Vaccination in Bombay 1874-1876 - 1874-1876
Year: 1874
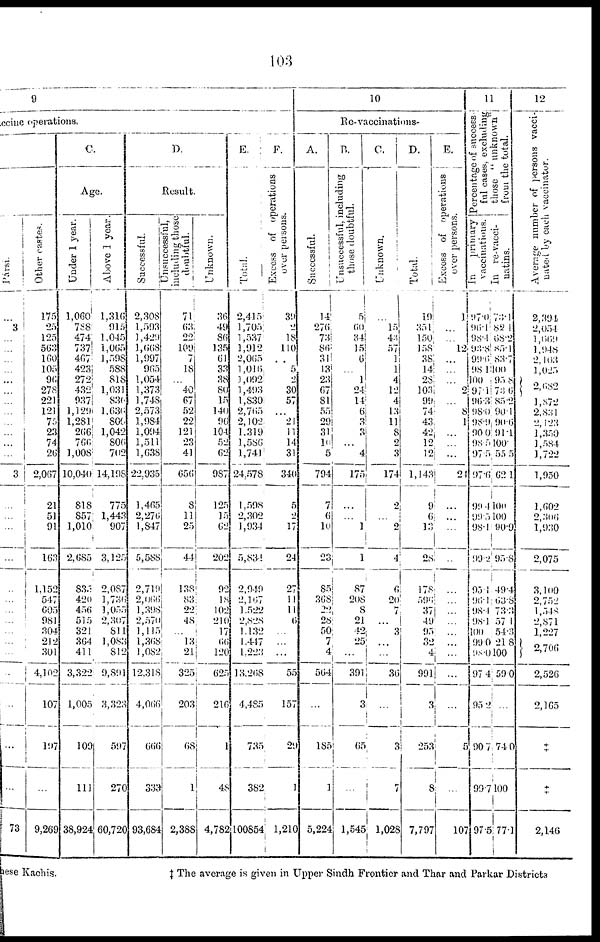
103
9
ccine operations.
Pársi.
...
3
...
...
...
...
...
...
...
...
...
...
...
...
3
...
...
...
...
...
...
...
...
...
...
...
...
...
...
...
73
Other castes.
175
25
125
563
160
105
96
278
221
121
75
23
74
26
2,067
21
51
91
163
1,152
547
605
981
304
212
301
4,102
107
197
...
9,269
C.
Age.
Under 1 year.
1,060
788
474
737
467
423
272
432
937
1,129
1,281
266
766
1,008
10,040
818
857
1,010
2,685
835
420
456
515
321
364
411
3,322
1,005
109
111
38,924
Above 1 year.
1,316
915
1,045
1,065
1,598
588
818
1,031
836
1,636
800
1,042
806
702
14,198
775
1,443
907
3,125
2,087
1,736
1,055
2,307
811
1,083
812
9,891
3,323
597
270
60,720
D.
Result.
Successful.
2,308
1,593
1,429
1,668
1,997
965
1,054
1,373
1,748
2,573
1,984
1,094
1,511
1,638
22,935
1,465
2,276
1,847
5,588
2,719
2,066
1,398
2,570
1,115
1,368
1,082
12,318
4,066
666
333
93,684
Unsuccessful,
including those
doubtful.
71
63
22
109
7
18
...
40
67
52
22
121
23
41
656
8
11
25
44
138
83
22
48
...
13
21
325
203
68
1
2,388
Unknown.
36
49
86
135
61
33
38
80
15
140
96
104
52
62
987
125
15
62
202
92
18
102
210
17
66
120
625
216
1
48
4,782
E.
Total.
2,415
1,705
1,537
1,912
2,065
1,016
1,092
1,493
1,830
2,765
2,102
1,319
1,586
1,741
24,578
1,598
2,302
1,934
5,834
2,949
2,167
1,522
2,828
1,132
1,447
1,223
13,268
4,485
735
382
100854
F.
Excess of operations
over persons.
39
2
18
110
...
5
2
30
57
...
21
11
14
31
340
5
2
17
24
27
11
11
6
...
...
...
55
157
29
1
1,210
10
Re-vaccinations.
A.
Successful.
14
276
73
86
31
13
23
67
81
55
29
31
10
5
794
7
6
10
23
85
368
22
28
50
7
4
564
...
185
1
5,224
B.
Unsuccessful, including
those doubtful.
5
60
34
15
6
...
1
24
14
6
3
3
...
4
175
...
...
1
1
87
208
8
21
42
25
...
391
3
65
...
1,545
C.
Unknown.
...
15
43
57
1
1
4
12
4
13
11
8
2
3
174
2
...
2
4
6
20
7
...
3
...
...
36
...
3
7
1,028
D.
Total.
19
351
150
158
38
14
28
103
99
74
43
42
12
12
1,143
9
6
13
28
178
596
37
49
95
32
4
991
3
253
8
7,797
E.
Excess of operations
over persons.
1
...
...
12
...
...
...
2
...
8
1
...
...
...
24
...
...
...
...
...
...
...
...
...
...
...
...
...
5
...
107
11
Percentage of success-
ful cases, excluding
those "unknown"
from the total.
In
primary
vaccinations.
97.0
96. 1
98.1
93.8
99.6
98.1
100
97.1
96.3
98.0
98.9
90.0
98.5
97.5
97.6
99.4
99.5
98.1
99.2
95.1
96.1
98.4
98.1
100
99.0
98.0
97.4
95.2
90.7
99.7
97.5
In re-vacci-
natins.
73.1
82.1
68.2
85.1
83.7
100
95.8
73.6
85.2
90.1
90.6
91.1
100.
55.5
62.1
100
100
90.9
95.8
49.4
63.8
73.3
57.1
54.3
21.8
100
59.0
...
74.0
100
77.1
12
Average number of persons vacci-
nated by each vaccinator.
2,394
2,054
1,669
1,948
2,103
1,025
2,682
1,872
2,831
2,123
1,350
1,584
1,722
1,950
1,602
2,306
1,930
2,075
3,100
2,752
1,548
2,871
1,227
2,706
2,526
2,165
‡
‡
2,146
these Kachis.
‡ The average is given in Upper Sindh Frontier and Thar and Parkar Districts